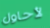
لأحاول